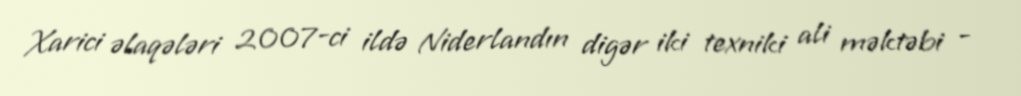
Xarici əlaqələri 2007-ci ildə Niderlandın digər iki texniki ali məktəbi -